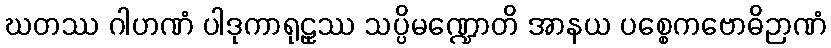
ဃတဿ ဂါဟဏံ ပါဒုကာရုဠှဿ သပ္ပိမဏ္ဍောတိ အာနယ ပစ္စေကဗောဓိဉာဏံ